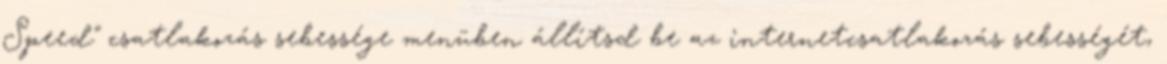
Speed" csatlakozás sebessége menüben állítsd be az internetcsatlakozás sebességét,